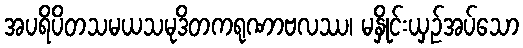
အပရိပိတသမယသမုဒိတကရုဏာဗလဿ၊ မနှိုင်းယှဉ်အပ်သော